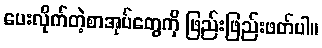
ပေးလိုက်တဲ့စာအုပ်တွေကို ဖြည်းဖြည်းဖတ်ပါ။